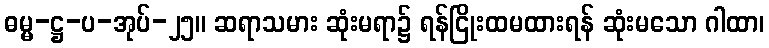
ဓမ္မ-ဋ္ဌ-ပ-အုပ်-၂၅။ ဆရာသမား ဆုံးမရာ၌ ရန်ငြိုးထမထားရန် ဆုံးမသော ဂါထာ၊